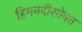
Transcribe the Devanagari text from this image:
हिमनदीसोबत